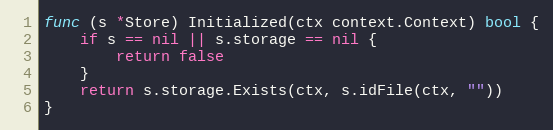
Language: Go
func (s *Store) Initialized(ctx context.Context) bool {
	if s == nil || s.storage == nil {
		return false
	}
	return s.storage.Exists(ctx, s.idFile(ctx, ""))
}